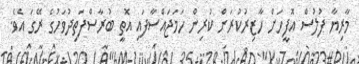
މާރިޔާ ފުލުސް އޮފީހަށް ހާޒިރުކުރަން ކުރިން ހަމަޖައްސާފައި އޮތީ ބުރާސްފަތިދުވަހުގެ ރޭގަ އެވެ.